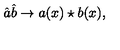
\hat { a } \hat { b } \rightarrow a ( x ) \star b ( x ) ,